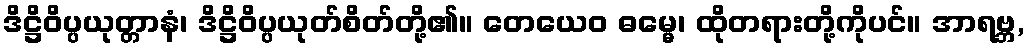
ဒိဋ္ဌိဝိပ္ပယုတ္တာနံ၊ ဒိဋ္ဌိဝိပ္ပယုတ်စိတ်တို့၏။ တေယေဝ ဓမ္မေ၊ ထိုတရားတို့ကိုပင်။ အာရဗ္ဘ,